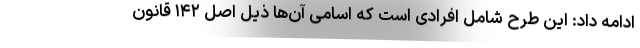
ادامه داد: این طرح شامل افرادی است که اسامی آن‌ها ذیل اصل ۱۴۲ قانون